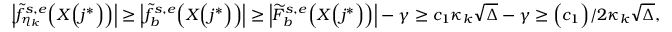
\Big | \widetilde { f } _ { \eta _ { k } } ^ { s , e } \Big ( X \Big ( j ^ { * } \Big ) \Big ) \Big | \geq \Big | \widetilde { f } _ { b } ^ { s , e } \Big ( X \Big ( j ^ { * } \Big ) \Big ) \Big | \geq \Big | \widetilde { F } _ { b } ^ { s , e } \Big ( X \Big ( j ^ { * } \Big ) \Big ) \Big | - \gamma \geq c _ { 1 } \kappa _ { k } \sqrt { \Delta } - \gamma \geq \Big ( c _ { 1 } \Big ) / 2 \kappa _ { k } \sqrt { \Delta } ,